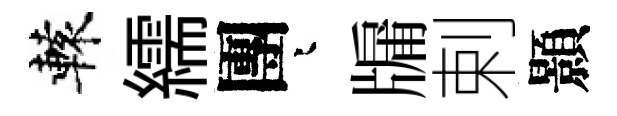
轅繻團迢牖剌顥